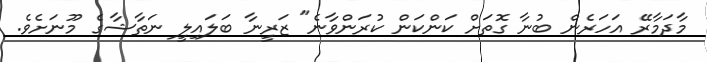
މާދަމާރޭ އަހަރެން ބުނާ ގޮތަށް ކަންކަން ކުރަންވާނެ" ޒަރީނާ ބަލައިލީ ނަތާޝާގެ މޫނަށެވެ.